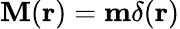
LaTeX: \mathbf{M}(\mathbf{r})=\mathbf{m}\delta(\mathbf{r})